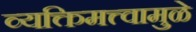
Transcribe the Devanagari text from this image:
व्यक्तिमत्त्वामुळे